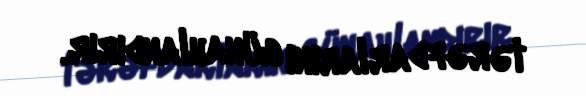
tərəfdarlarını günahlandırır.